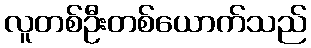
လူတစ်ဦးတစ်ယောက်သည်